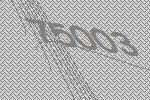
75003